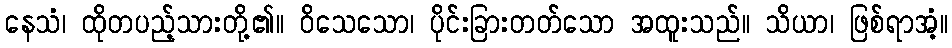
နေသံ၊ ထိုတပည့်သားတို့၏။ ဝိသေသော၊ ပိုင်းခြားတတ်သော အထူးသည်။ သိယာ၊ ဖြစ်ရာအံ့။